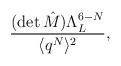
LaTeX: \begin{align*}\frac{(\mbox{det}\, \hat{M}) \Lambda_{L}^{6-N}}{\langle q^{N} \rangle^{2}},\end{align*}